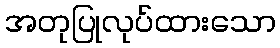
အတုပြုလုပ်ထားသော